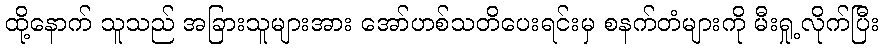
ထို့နောက် သူသည် အခြားသူများအား အော်ဟစ်သတိပေးရင်းမှ စနက်တံများကို မီးရှု့လိုက်ပြီး